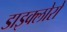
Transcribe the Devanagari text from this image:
डाइक्लोरो